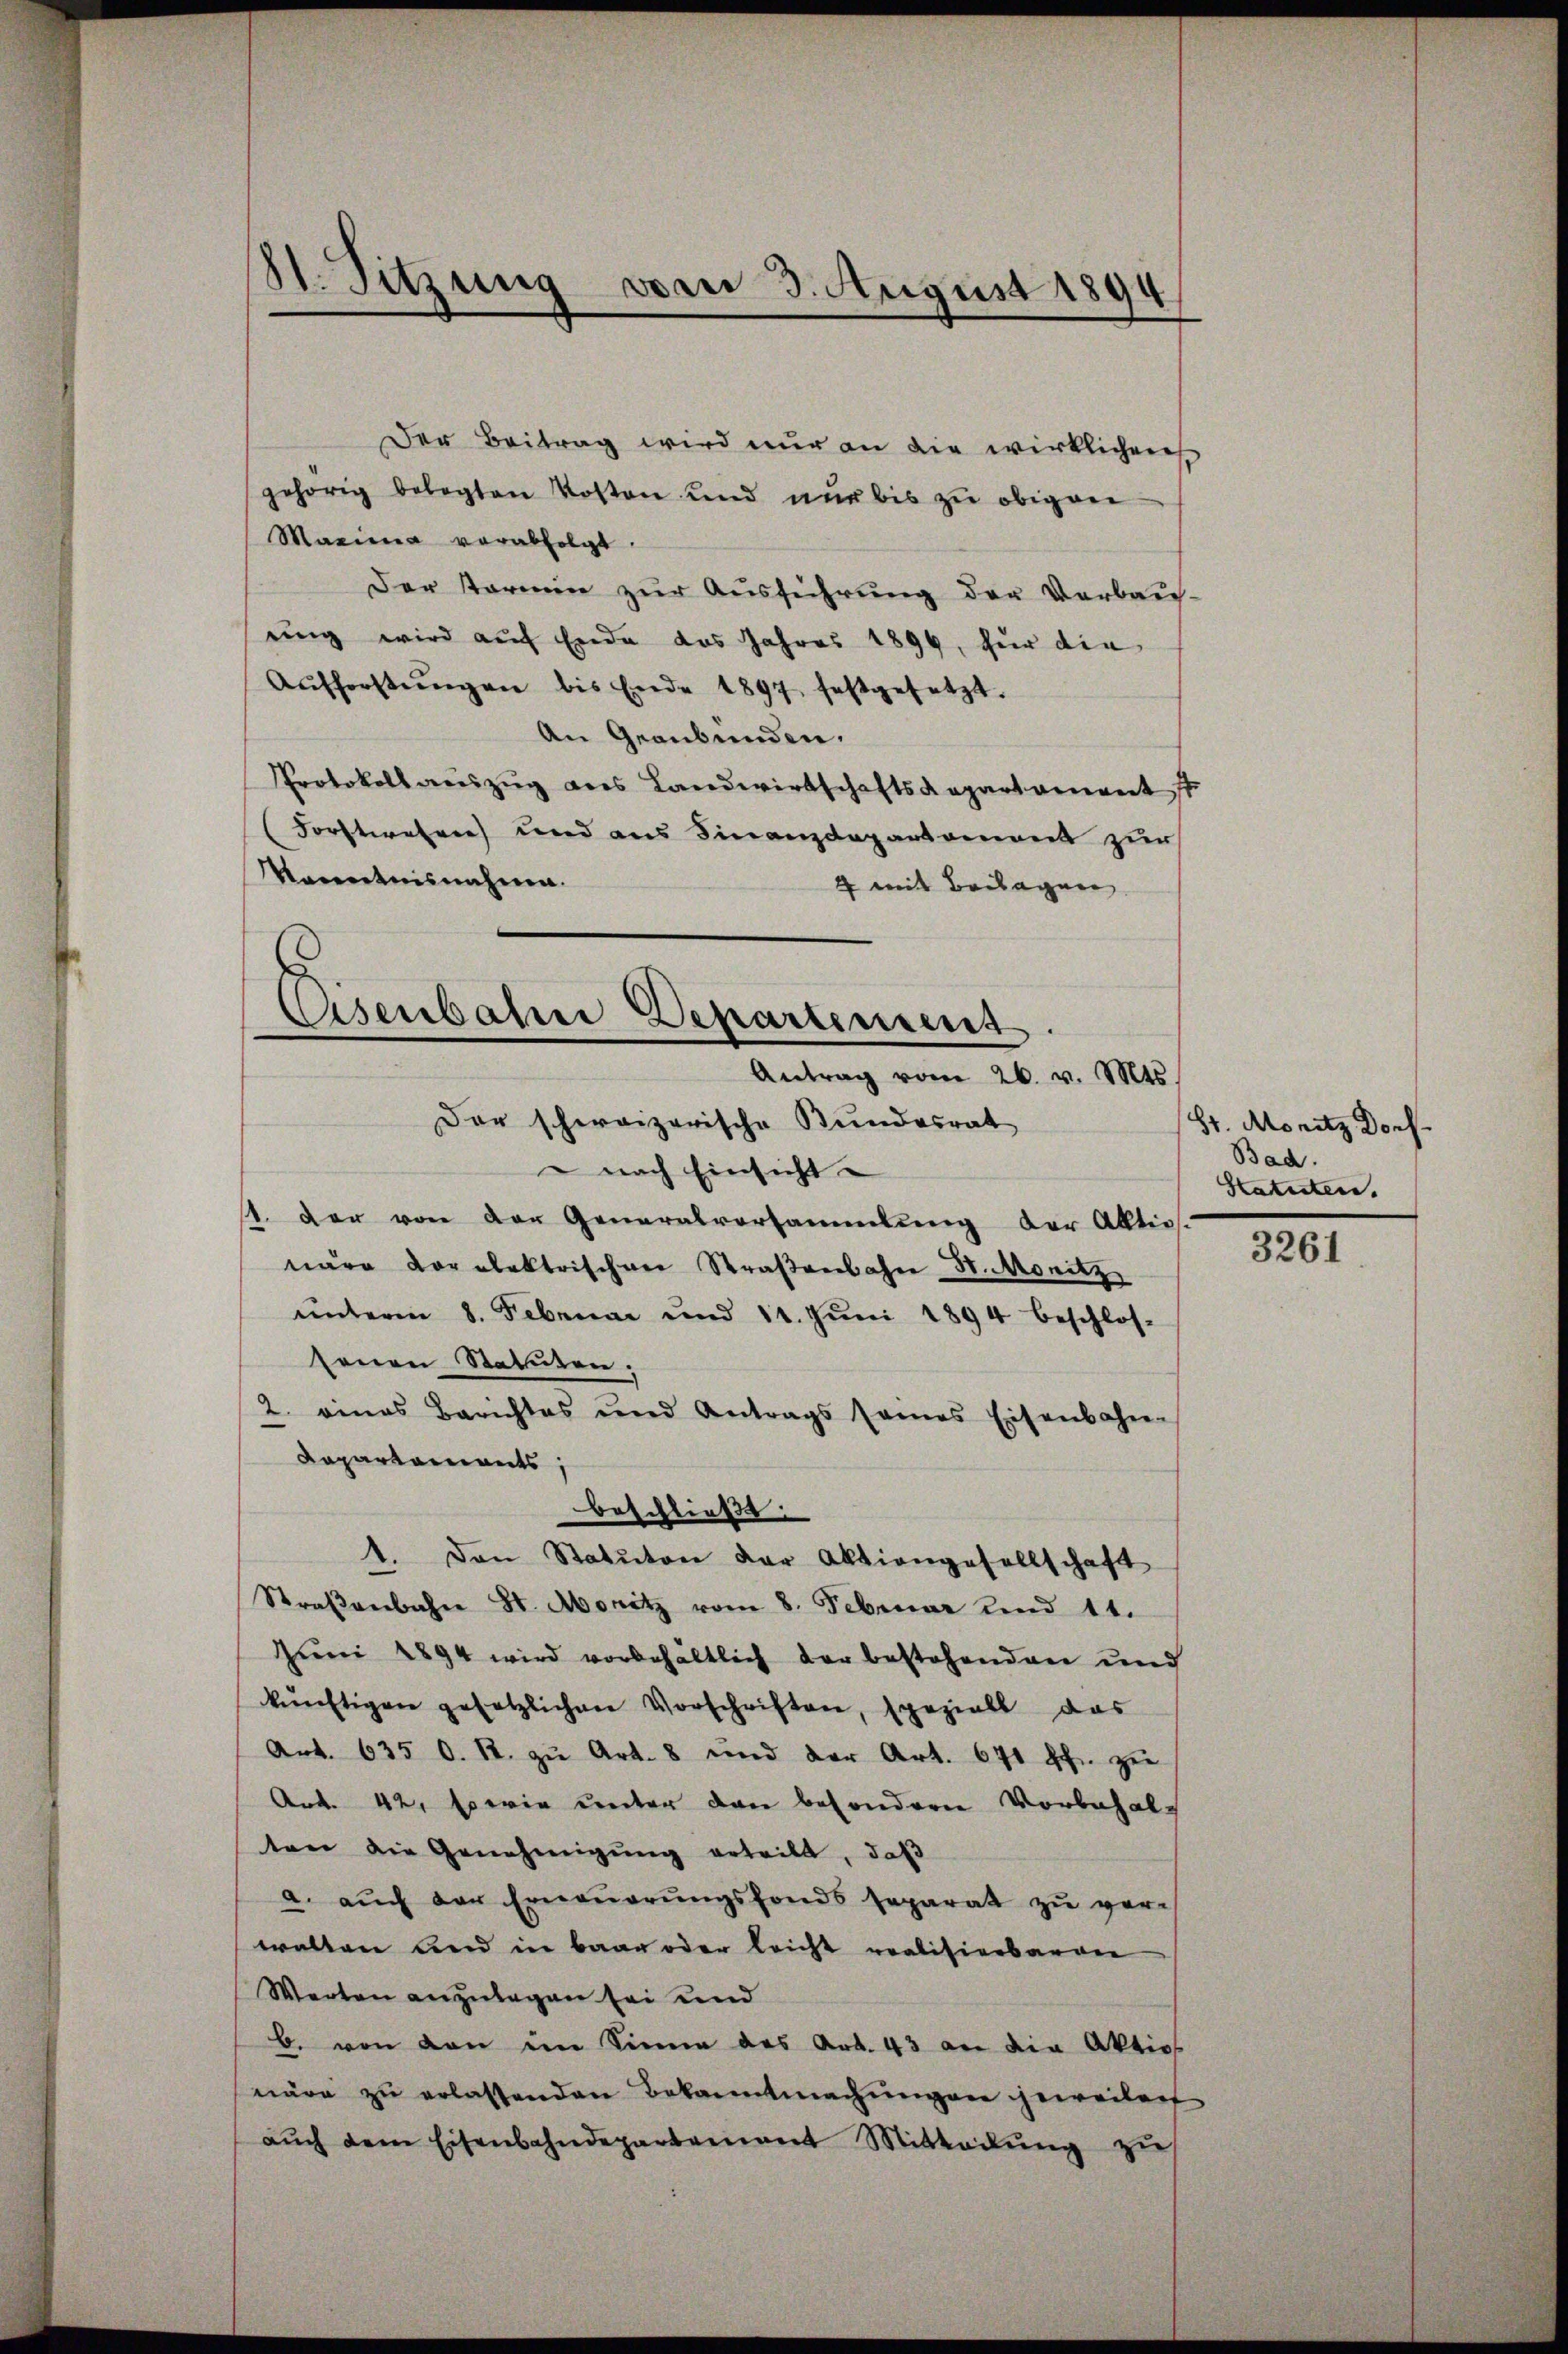
11. Sitzung von 3. August 1894

Der Beitrag wird nur an die wirklichens
gehörig belegten Kosten und nur bis zu obigen
Marina vorabfolgt.
Der Termin zur Ausführung der Verbau-
ung wird auf Ende das Jahres 1896, für die
Aŭfforstŭngen bis Ende 1897, festgesetzt.
An Graubünden.
Protokoll aŭszŭg des Landwirtschaftskapartament s
Forstwehrer und aus Finanzdepartement zur
Narentnisnahme.
4 mit Beilagen

Eisenbahn Departement.
Antrag vom 26. v. Mts.
Der schweizerische Bundesrat

nach Einsicht
1. Der von der Generalvorsammlung der Allties.
näre Voralektrischen Straßenbahn St. Monitz
ŭnterm 8. Februar und 11. Jŭni 1894 beschlos-
senen Statuten.
2. eines Berichtes und Antrags sames Eisenbahnen
Departements
beschließt:
1. Den Statuton der Aktiengesellschaft
Straβenbahn St. Monitz vom 8. Februar und 11.
Juni 1894 wird vorbehältlich der bestehenden und
künftigen gesetzlichen Vorschriften, speziell das
Art. 635 O. R. zu Art. 8 und der Art. 671 Ihn zu
Art. 42, sowie unter den besondere Vorbehal-
ten die Genehmigung erteilt, daß
a. aŭch der Erneŭerŭngsfonds separat zŭ ver-
walten und in baar oder leicht realisierbaren
Werten anzulegen sei und
b. von den im Sinne des Art. 43 an die Aktio
näre zu erlassenden Bekanntmachungen jeweilen
aŭch dem Eisenbahndepartement Mittadŭng zŭ

Sr. Moritz Dorf.
Bad.
Statuten.

3261